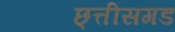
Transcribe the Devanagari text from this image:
छ्त्तीसगड